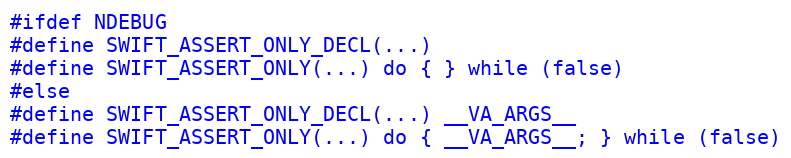
Language: C
#ifdef NDEBUG
#define SWIFT_ASSERT_ONLY_DECL(...)
#define SWIFT_ASSERT_ONLY(...) do { } while (false)
#else
#define SWIFT_ASSERT_ONLY_DECL(...) __VA_ARGS__
#define SWIFT_ASSERT_ONLY(...) do { __VA_ARGS__; } while (false)